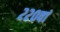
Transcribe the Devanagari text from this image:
२२०वां